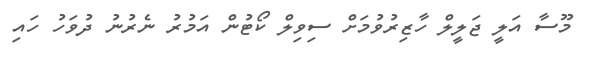
މޫސާ އަލީ ޖަލީލް ހާޒިރުވުމަށް ސިވިލް ކޯޓުން އަމުރު ނެރުނު ދުވަހު ހައި